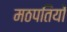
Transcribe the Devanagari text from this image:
मठपतियों